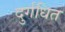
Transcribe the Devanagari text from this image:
दुर्गधित